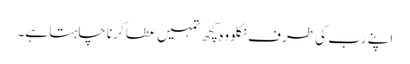
اپنے رب کی طرف نکلو وہ کچھ تمہیں عطا کرنا چاہتا ہے۔